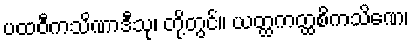
ပထဝီကသိဏာဒီသု၊ တို့တွင်။ ယတ္ထကတ္ထစိကသိဏေ၊